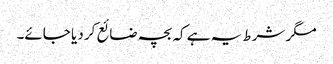
مگر شرط یہ ہے کہ بچہ ضائع کر دیا جائے۔